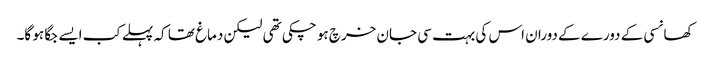
کھانسی کے دورے کے دوران اس کی بہت سی جان خرچ ہو چکی تھی لیکن دماغ تھا کہ پہلے کب ایسے جگا ہو گا۔